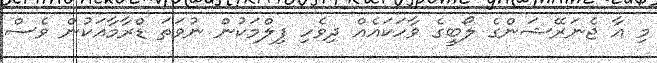
މި އާ ޖެނަރޭޝަންގެ ލޯބީގެ ވާހަކައެއް ދިވެހި ފިލްމަކުން ނުވަތަ ޑްރާމާއަކުން ވެސް